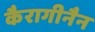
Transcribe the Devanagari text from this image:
कैरागीनैन